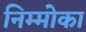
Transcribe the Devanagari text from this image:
निम्मोका